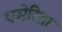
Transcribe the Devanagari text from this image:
एमेरिता